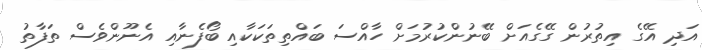
އަދި އޭގެ އިތުރުން ގޭގެއަށް ބޭނުންކުރުމަށް ހާއްސަ ބައްތިތަކަކާއި ބޯފެނާއި އެނޫންވެސް ތަފާތު